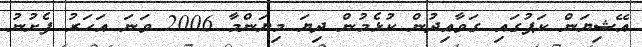
އޭޝިޔަން ކަޕުގައި ގަވާއިދުން ކުޅެމުން ދިޔަ މިޔަންމާ 2006 ވަނަ އަހަރު ފެށުނު